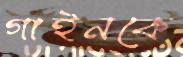
গাইনকে